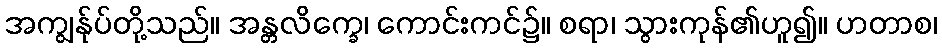
အကျွန်ုပ်တို့သည်။ အန္တလိက္ခေ၊ ကောင်းကင်၌။ စရာ၊ သွားကုန်၏ဟူ၍။ ဟတာစ၊